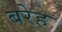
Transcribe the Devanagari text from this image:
बरेह